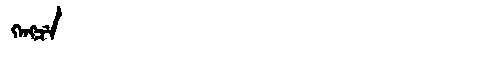
Manchu: ᡴᡝᠩᠴᡝ
Romanization: KENGCE